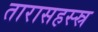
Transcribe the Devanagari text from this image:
तारासहस्स्र